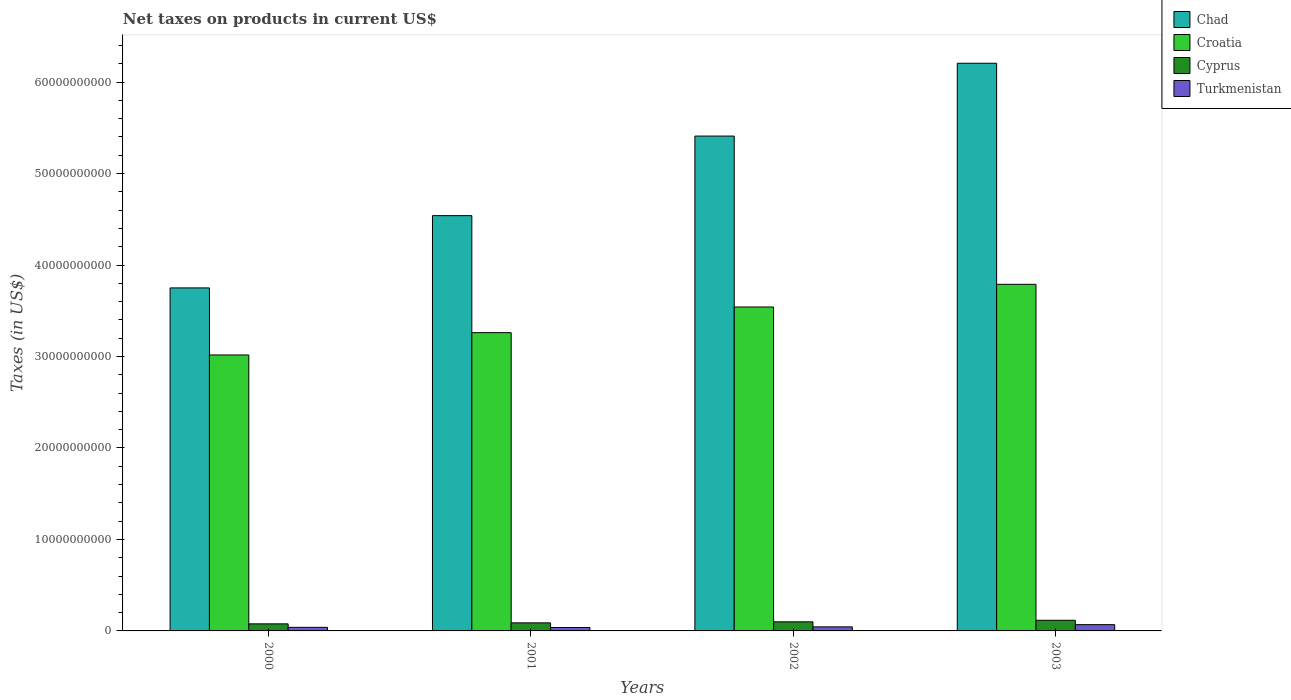
| Years | Chad | Croatia | Cyprus | Turkmenistan |
 | --- | --- | --- | --- | --- |
 | 2000 | 3.75e+10 | 3.02e+10 | 7.73e+08 | 3.92e+08 |
 | 2001 | 4.54e+10 | 3.26e+10 | 8.8e+08 | 3.73e+08 |
 | 2002 | 5.41e+10 | 3.54e+10 | 9.95e+08 | 4.44e+08 |
 | 2003 | 6.21e+10 | 3.79e+10 | 1.16e+09 | 6.87e+08 |